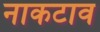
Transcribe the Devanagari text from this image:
नाकटाव